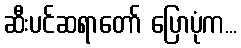
ဆီးပင်ဆရာတော် ပြောပုံက...